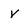
Character: V